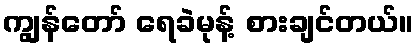
ကျွန်တော် ရေခဲမုန့် စားချင်တယ်။